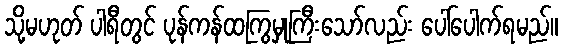
သို့မဟုတ် ပါရီတွင် ပုန်ကန်ထကြွမှုကြီးသော်လည်း ပေါ်ပေါက်ရမည်။